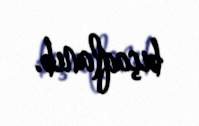
bıçaqlanıb.